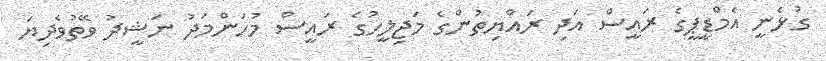
ގުޅެނީ އެމްޑީޕީގެ ރައީސް އަދި ރައްޔިތުންގެ މަޖިލީހުގެ ރައީސް މުހަންމަދު ނަޝީދު ވޭތުވެދިޔަ